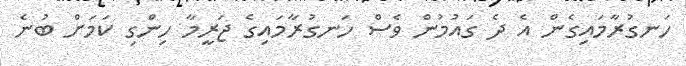
ހަނގުރާމައިގެން އެ ދެ ގައުމުން ވެސް ހަނގުރާމައިގެ ޖަރީމާ ހިންގި ކަމަށް ބުނެ